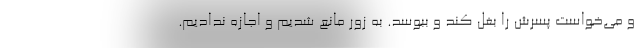
و می‌خواست پسرش را بغل کند و ببوسد. به زور مانع شدیم و اجازه ندادیم.